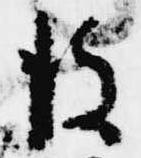
彼